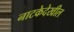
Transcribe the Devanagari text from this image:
नाटकेदेखील